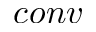
c o n v